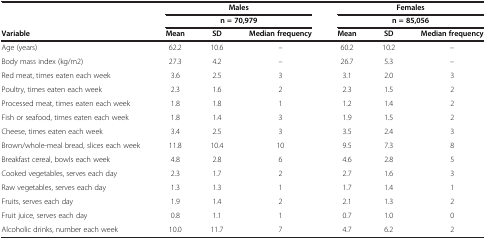
<table><thead><tr><td><b> </b></td><td colspan="3"><b>Males</b></td><td colspan="3"><b>Females</b></td></tr><tr><td><b> </b></td><td colspan="3"><b>n = 70,979</b></td><td colspan="3"><b>n = 85,056</b></td></tr><tr><td><b>Variable</b></td><td><b>Mean</b></td><td><b>SD</b></td><td><b>Median frequency</b></td><td><b>Mean</b></td><td><b>SD</b></td><td><b>Median frequency</b></td></tr></thead><tbody><tr><td>Age (years)</td><td>62.2</td><td>10.6</td><td>–</td><td>60.2</td><td>10.2</td><td>–</td></tr><tr><td>Body mass index (kg/m2)</td><td>27.3</td><td>4.2</td><td>–</td><td>26.7</td><td>5.3</td><td>–</td></tr><tr><td>Red meat, times eaten each week</td><td>3.6</td><td>2.5</td><td>3</td><td>3.1</td><td>2.0</td><td>3</td></tr><tr><td>Poultry, times eaten each week</td><td>2.3</td><td>1.6</td><td>2</td><td>2.3</td><td>1.5</td><td>2</td></tr><tr><td>Processed meat, times eaten each week</td><td>1.8</td><td>1.8</td><td>1</td><td>1.2</td><td>1.4</td><td>2</td></tr><tr><td>Fish or seafood, times eaten each week</td><td>1.8</td><td>1.4</td><td>3</td><td>1.9</td><td>1.5</td><td>2</td></tr><tr><td>Cheese, times eaten each week</td><td>3.4</td><td>2.5</td><td>3</td><td>3.5</td><td>2.4</td><td>3</td></tr><tr><td>Brown/whole-meal bread, slices each week</td><td>11.8</td><td>10.4</td><td>10</td><td>9.5</td><td>7.3</td><td>8</td></tr><tr><td>Breakfast cereal, bowls each week</td><td>4.8</td><td>2.8</td><td>6</td><td>4.6</td><td>2.8</td><td>5</td></tr><tr><td>Cooked vegetables, serves each day</td><td>2.3</td><td>1.7</td><td>2</td><td>2.7</td><td>1.6</td><td>3</td></tr><tr><td>Raw vegetables, serves each day</td><td>1.3</td><td>1.3</td><td>1</td><td>1.7</td><td>1.4</td><td>1</td></tr><tr><td>Fruits, serves each day</td><td>1.9</td><td>1.4</td><td>2</td><td>2.1</td><td>1.3</td><td>2</td></tr><tr><td>Fruit juice, serves each day</td><td>0.8</td><td>1.1</td><td>1</td><td>0.7</td><td>1.0</td><td>0</td></tr><tr><td>Alcoholic drinks, number each week</td><td>10.0</td><td>11.7</td><td>7</td><td>4.7</td><td>6.2</td><td>2</td></tr></tbody></table>